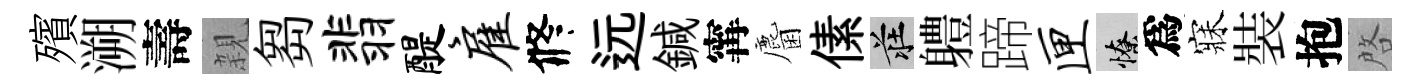
殯溯壽親芻翡醍雇修远鍼𡩋麕傃莊軆蹄匣憭爲寐裝抱啓